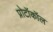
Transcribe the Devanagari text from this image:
प्रोटॉकॉल